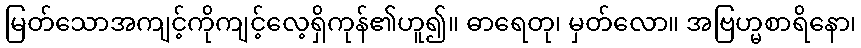
မြတ်သောအကျင့်ကိုကျင့်လေ့ရှိကုန်၏ဟူ၍။ ဓာရေတု၊ မှတ်လော။ အဗြဟ္မစာရိနော၊